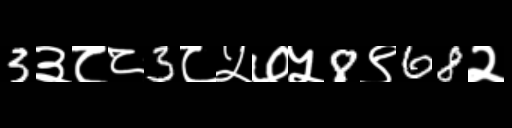
Text: 3३८८3८५७५8९68२